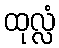
ထုလ္လံ